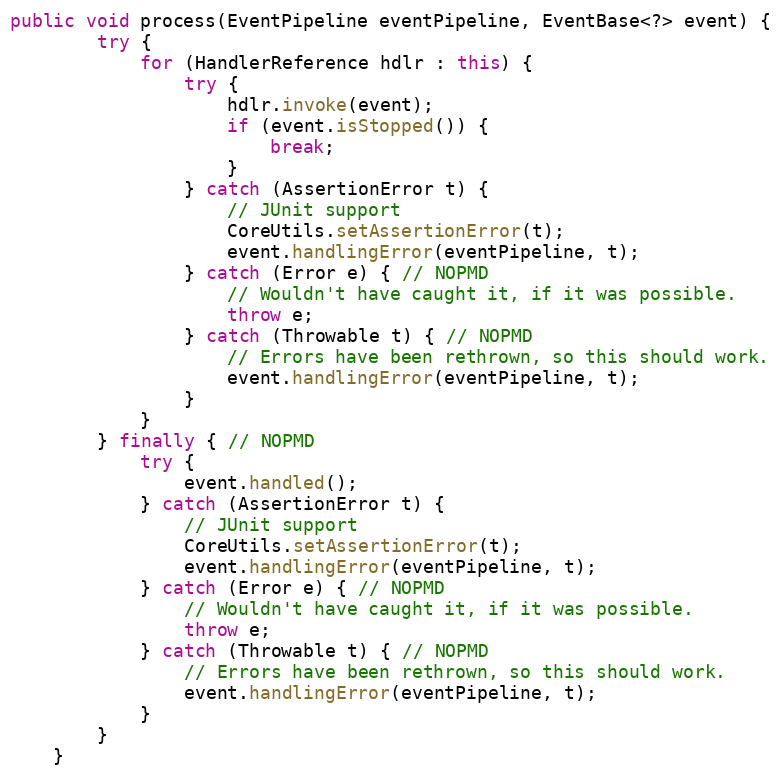
Language: Java
public void process(EventPipeline eventPipeline, EventBase<?> event) {
        try {
            for (HandlerReference hdlr : this) {
                try {
                    hdlr.invoke(event);
                    if (event.isStopped()) {
                        break;
                    }
                } catch (AssertionError t) {
                    // JUnit support
                    CoreUtils.setAssertionError(t);
                    event.handlingError(eventPipeline, t);
                } catch (Error e) { // NOPMD
                    // Wouldn't have caught it, if it was possible.
                    throw e;
                } catch (Throwable t) { // NOPMD
                    // Errors have been rethrown, so this should work.
                    event.handlingError(eventPipeline, t);
                }
            }
        } finally { // NOPMD
            try {
                event.handled();
            } catch (AssertionError t) {
                // JUnit support
                CoreUtils.setAssertionError(t);
                event.handlingError(eventPipeline, t);
            } catch (Error e) { // NOPMD
                // Wouldn't have caught it, if it was possible.
                throw e;
            } catch (Throwable t) { // NOPMD
                // Errors have been rethrown, so this should work.
                event.handlingError(eventPipeline, t);
            }
        }
    }